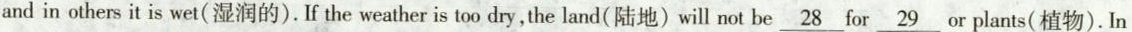
andin others it is wet(湿润的).If the weather is too dry,the land(陆地)will not be \underline{28} for \underline{29} or plants(植物).In